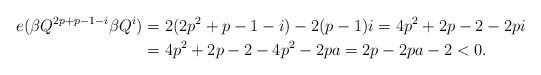
LaTeX: \begin{align*}e(\beta Q^{2p+p-1-i}\beta Q^i)&=2(2p^2+p-1-i)-2(p-1)i=4p^2+2p-2-2pi\\&=4p^2+2p-2-4p^2-2pa=2p-2pa-2<0.\end{align*}